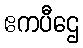
ဧကပီဌေ